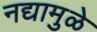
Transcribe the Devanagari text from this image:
नद्यामुळे